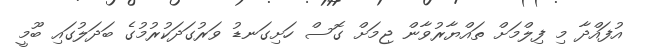
އުފައްދާ މި ފިލްމަށް ތައްޔާރުވާން ޖިމަށް ގޮސް ހަށިގަނޑު ވަރުގަދަކުރުމުގެ ބަދަލުގައި ބޫމީ